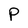
Character: P